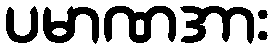
ပမာဏအား